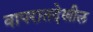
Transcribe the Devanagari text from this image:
वापरातदेखील